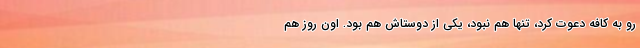
رو به کافه دعوت کرد، تنها هم نبود، یکی از دوستاش هم بود. اون روز هم